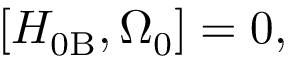
\left[ H _ { 0 \mathrm { B } } , \Omega _ { 0 } \right] = 0 ,